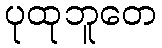
ပုထုဘူတေ